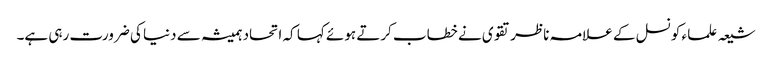
شیعہ علما ء کونسل کے علامہ ناظر تقوی نے خطاب کرتے ہوئے کہا کہ اتحاد ہمیشہ سے دنیا کی ضرورت رہی ہے۔